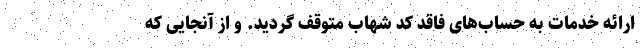
ارائه‌ خدمات به حساب‌های فاقد کد شهاب متوقف گردید. و از آنجایی که